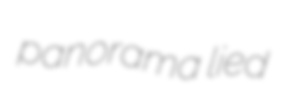
panorama lied